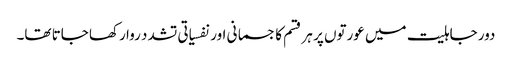
دور جاہلیت میں عورتوں پر ہر قسم کا جسمانی اور نفسیاتی تشدد روا رکھا جاتا تھا۔